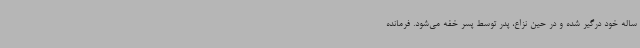
ساله خود درگیر شده و در حین نزاع، پدر توسط پسر خفه می‌شود. فرمانده